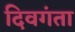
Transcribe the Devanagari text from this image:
दिवगंता